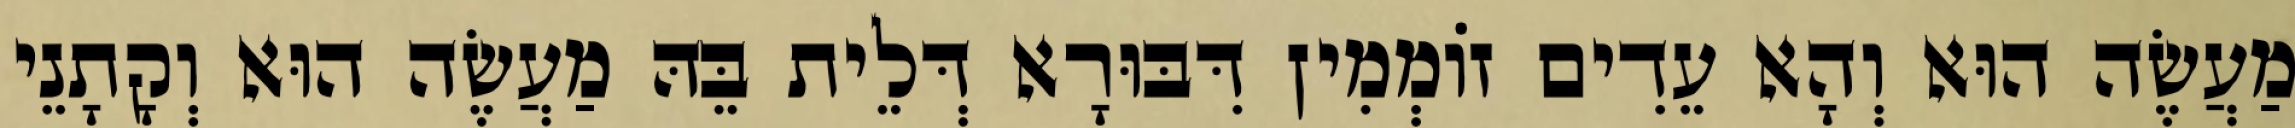
מַעֲשֶׂה הוּא וְהָא עֵדִים זוֹמְמִין דִּבּוּרָא דְּלֵית בֵּהּ מַעֲשֶׂה הוּא וְקָתָנֵי